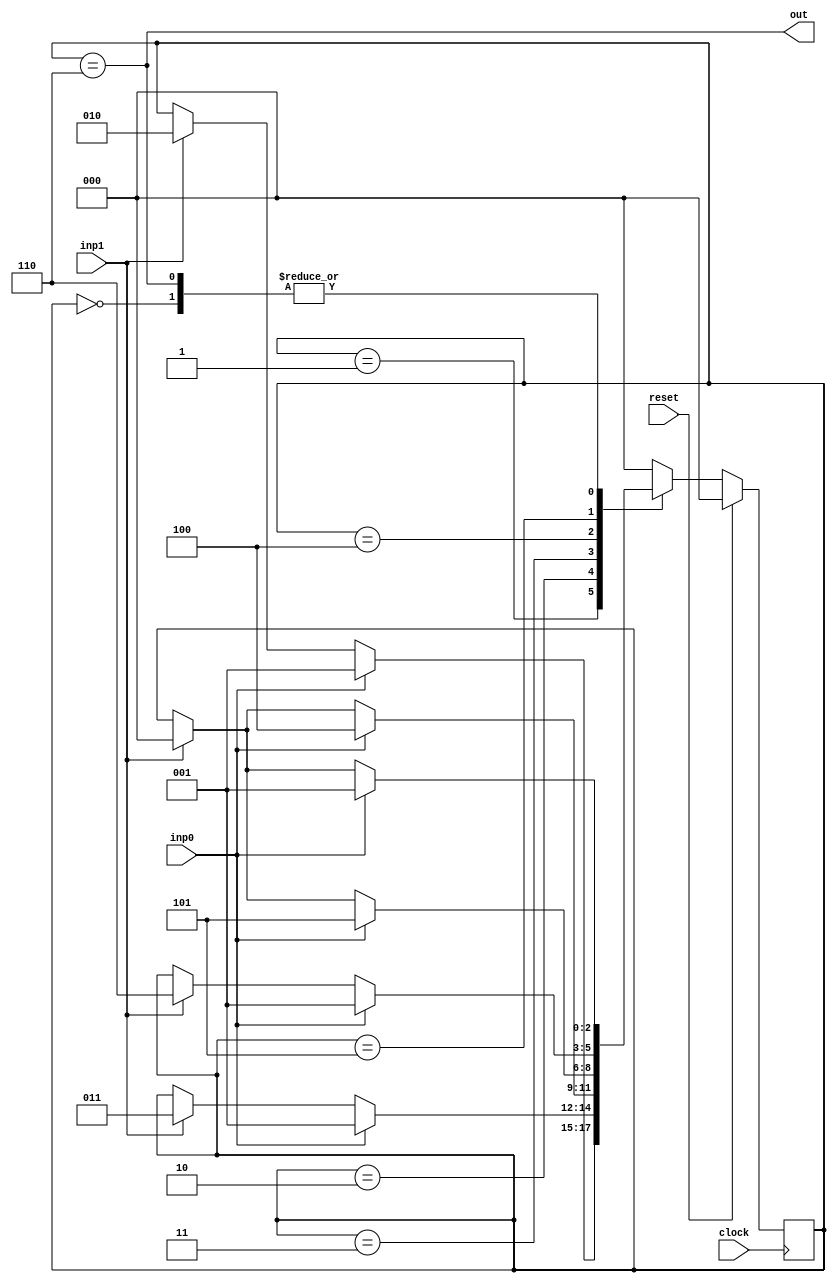
`timescale 1ns / 1ps
//////////////////////////////////////////////////////////////////////////////////
// Company: 
// Engineer: 
// 
// Design Name: 
// Module Name:    Lock 
// Project Name: 
// Target Devices: 
// Tool versions: 
// Description: 
//
// Dependencies: 
//
// Revision: 
// Revision 0.01 - File Created
// Additional Comments: 
//
//////////////////////////////////////////////////////////////////////////////////
module Lock(
    input inp0, // input
	 input inp1,
	 input clock,
    input reset,
	 output out // output
    );
	 // state 000 -> 0
	 // state 001 -> 01
	 // state 011 -> 011
	 // state 111 -> 0110
	 // state 110 -> 01100
	 // state 100 -> 011001
	 
	 // state 010 -> XXXXXX
	 parameter S_RESET = 3'b000;
	 parameter S_0 = 3'b001;
	 parameter S_01 = 3'b010;
	 parameter S_011 = 3'b011;
	 parameter S_0110 = 3'b100;
	 parameter S_01100 = 3'b101;
	 parameter S_011001 = 3'b110;
//	 integer count=0;
	 reg [2:0] A;
	 always @ (posedge clock) 
	 begin	 
		 if(reset) A <= S_RESET; 
		 else case (A)
		 S_RESET: A	<=	inp0	?	S_0	:	inp1	?	S_RESET	: 	A;
		 S_0:		 A	<=	inp0	?	S_0	:	inp1	?	S_01 		: 	A;
		 S_01:	 A	<=	inp0	?	S_0	:	inp1	?	S_011		: 	A;
		 S_011:	 A	<=	inp0	?	S_0110:	inp1	?	S_RESET 	: 	A;
		 S_0110:	 A <= inp0	?	S_01100:	inp1	?	S_RESET	:	A;
		 S_01100: A <= inp0	?	S_0	:	inp1	?	S_011001	:	A;
		 S_011001:A	<=	inp0	?	S_0	:	inp1	?	S_RESET	:	A;
		 default: A <=	S_RESET;
		 endcase
	 end
	 
	 assign out = (A==S_011001);

endmodule